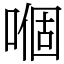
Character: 嗰